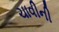
ચાવીની